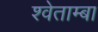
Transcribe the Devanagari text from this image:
श्वेताम्बा